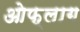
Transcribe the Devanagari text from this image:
ओफ्लाग